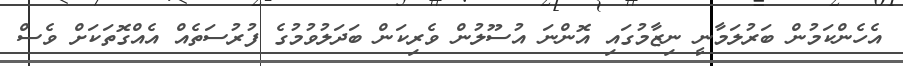
އެހެންކަމުން ބަރުލަމާނީ ނިޒާމުގައި އޮންނަ އުސޫލުން ވެރިކަން ބަދަލުވުމުގެ ފުރުސަތެއް އެއްގޮތަކަށް ވެސް